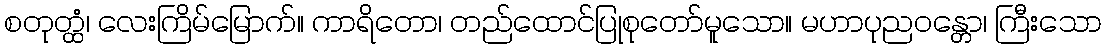
စတုတ္ထံ၊ လေးကြိမ်မြောက်။ ကာရိတော၊ တည်ထောင်ပြုစုတော်မူသော။ မဟာပုညဝန္တော၊ ကြီးသော